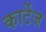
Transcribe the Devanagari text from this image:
कार्टेज